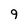
Character: 9